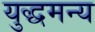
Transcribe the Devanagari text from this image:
युद्धमन्य